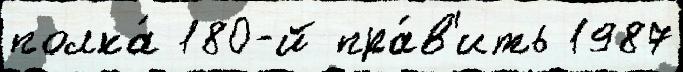
полка́ 180-й пра́в'ить 1987